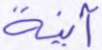
آنية